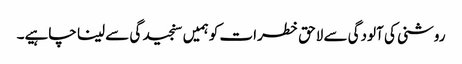
روشنی کی آلودگی سے لاحق خطرات کو ہمیں سنجید گی سے لینا چاہیے۔